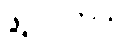
ဖွဲ့ပြပါတယ်။